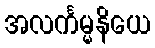
အလင်္ကမ္မနိယေ